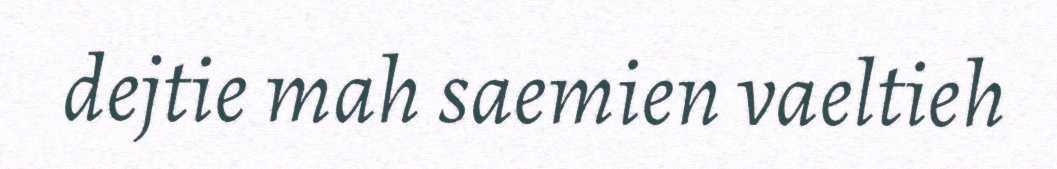
dejtie mah saemien vaeltieh